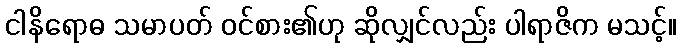
ငါနိရောဓ သမာပတ် ဝင်စား၏ဟု ဆိုလျှင်လည်း ပါရာဇိက မသင့်။